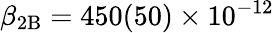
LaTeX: \beta_{\mathrm{2B}}=450(50)\times 10^{-12}